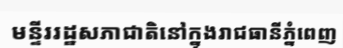
មន្ទីររដ្ឋសភាជាតិនៅក្នុងរាជធានីភ្នំពេញ